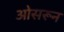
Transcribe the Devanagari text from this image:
ओसरून